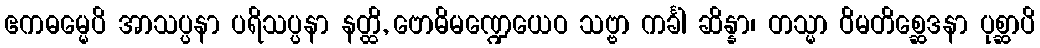
ဧကဓမ္မေပိ အာသပ္ပနာ ပရိသပ္ပနာ နတ္ထိ, ဗောဓိမဏ္ဍေယေဝ သဗ္ဗာ ကင်္ခါ ဆိန္နာ၊ တသ္မာ ဝိမတိစ္ဆေဒနာ ပုစ္ဆာပိ